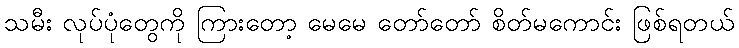
သမီး လုပ်ပုံတွေကို ကြားတော့ မေမေ တော်တော် စိတ်မကောင်း ဖြစ်ရတယ်